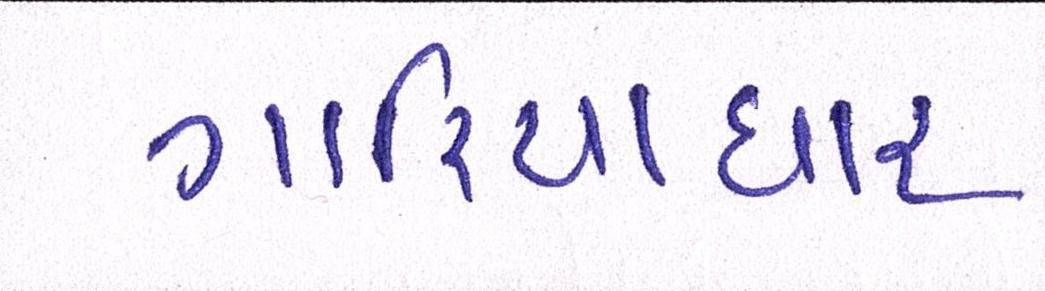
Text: ગારિયાધાર